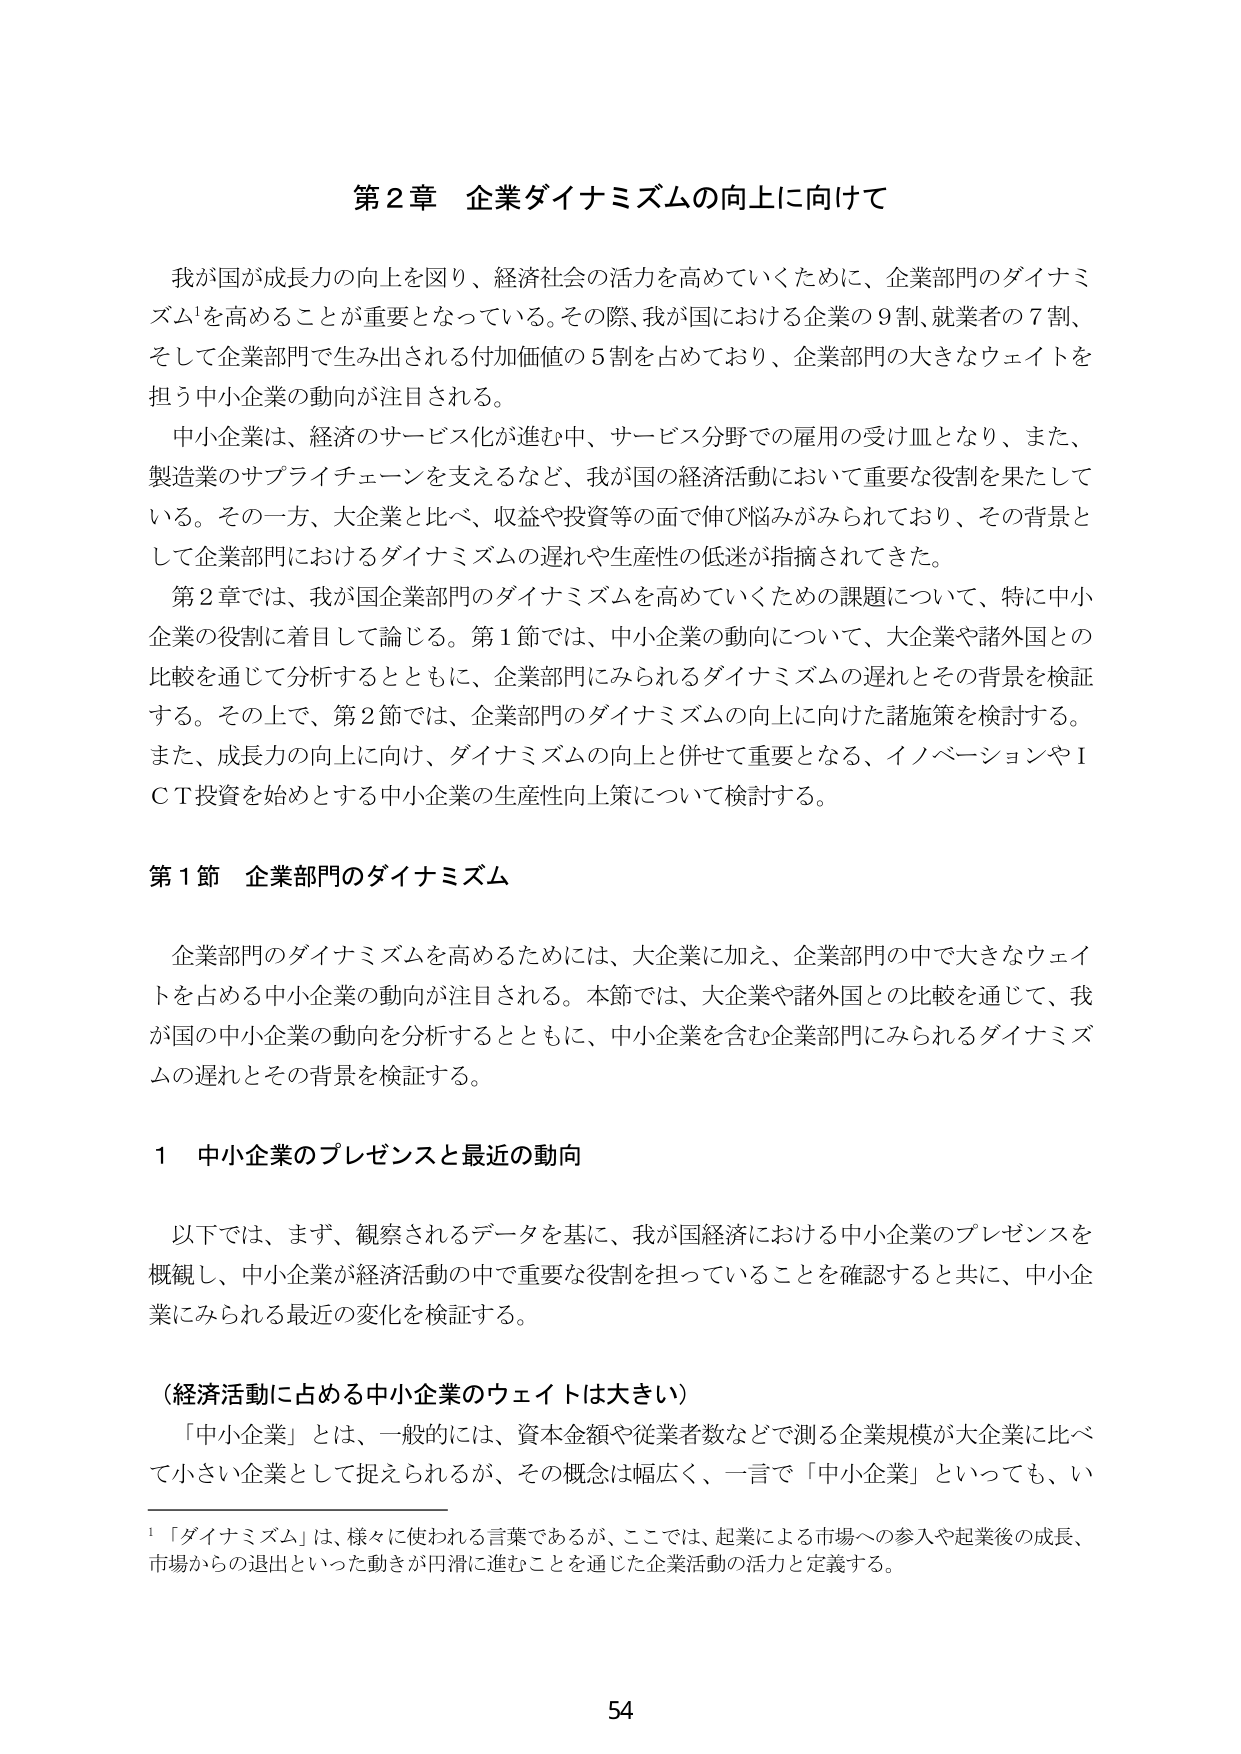
第2章 企業ダイナミズムの向上に向けて

我が国が成長力の向上を図り、経済社会の活力を高めていくために、企業部門のダイナミズム¹を高めることが重要となっている。その際、我が国における企業の9割、就業者の7割、そして企業部門で生み出される付加価値の5割を占めており、企業部門の大きなウェイトを担う中小企業の動向が注目される。

中小企業は、経済のサービス化が進む中、サービス分野での雇用の受け皿となり、また、製造業のサプライチェーンを支えるなど、我が国の経済活動において重要な役割を果たしている。その一方、大企業と比べ、収益や投資等の面で伸び悩みがみられており、その背景として企業部門におけるダイナミズムの遅れや生産性の低迷が指摘されてきた。

第2章では、我が国企業部門のダイナミズムを高めていくための課題について、特に中小企業の役割に着目して論じる。第1節では、中小企業の動向について、大企業や諸外国との比較を通じて分析するとともに、企業部門にみられるダイナミズムの遅れとその背景を検証する。その上で、第2節では、企業部門のダイナミズムの向上に向けた諸施策を検討する。また、成長力の向上に向け、ダイナミズムの向上と併せて重要となる、イノベーションやICT投資を始めとする中小企業の生産性向上策について検討する。

第1節 企業部門のダイナミズム

企業部門のダイナミズムを高めるためには、大企業に加え、企業部門の中で大きなウェイトを占める中小企業の動向が注目される。本節では、大企業や諸外国との比較を通じて、我が国の中小企業の動向を分析するとともに、中小企業を含む企業部門にみられるダイナミズムの遅れとその背景を検証する。

1 中小企業のプレゼンスと最近の動向

以下では、まず、観察されるデータを基に、我が国経済における中小企業のプレゼンスを概観し、中小企業が経済活動の中で重要な役割を担っていることを確認すると共に、中小企業にみられる最近の変化を検証する。

（経済活動に占める中小企業のウェイトは大きい）

「中小企業」とは、一般的には、資本金額や従業者数などで測る企業規模が大企業に比べて小さい企業として捉えられるが、その概念は幅広く、一言で「中小企業」といっても、い

¹「ダイナミズム」は、様々に使われる言葉であるが、ここでは、起業による市場への参入や起業後の成長、市場からの退出といった動きが円滑に進むことを通じた企業活動の活力と定義する。

54